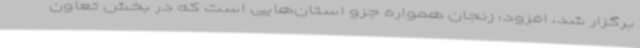
برگزار شد، افزود: زنجان همواره جزو استان‌هایی است که در بخش تعاون